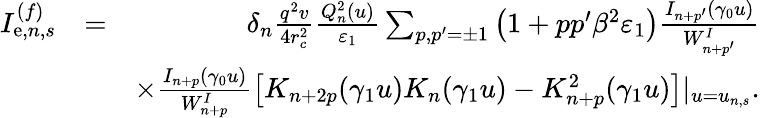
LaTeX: \begin{array}{rlr}{I_{\mathrm{e},n,s}^{(f)}}&{=}&{\delta_{n}\frac{q^{2}v}{4r_{c}^{2}}\frac{Q_{n}^{2}(u)}{\varepsilon_{1}}\sum_{p,p^{\prime}=\pm 1}\left(1+pp^{\prime}\beta^{2}\varepsilon_{1}\right)\frac{I_{n+p^{\prime}}(\gamma_{0}u)}{W_{n+p^{\prime}}^{I}}}\\ &{}&{\times\frac{I_{n+p}(\gamma_{0}u)}{W_{n+p}^{I}}\left[K_{n+2p}(\gamma_{1}u)K_{n}(\gamma_{1}u)-K_{n+p}^{2}(\gamma_{1}u)\right]|_{u=u_{n,s}}.}\end{array}